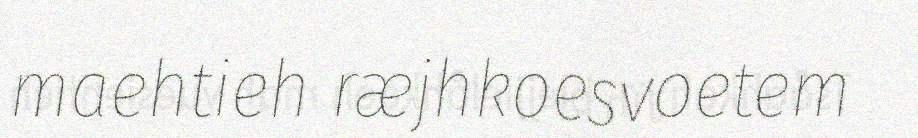
maehtieh ræjhkoesvoetem